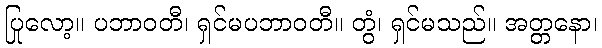
ပြုလော့။ ပဘာဝတီ၊ ရှင်မပဘာဝတီ။ တွံ၊ ရှင်မသည်။ အတ္တနော၊